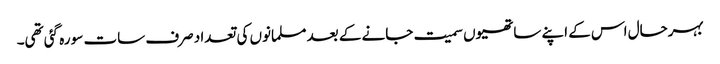
بہرحال اس کے اپنے ساتھیوں سمیت جانے کے بعد مسلمانوں کی تعداد صرف سات سو رہ گئی تھی۔